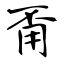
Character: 甭